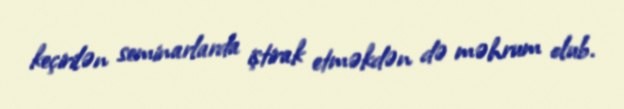
keçirilən seminarlarda iştirak etməkdən də məhrum olub.